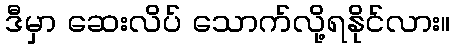
ဒီမှာ ဆေးလိပ် သောက်လို့ရနိုင်လား။